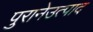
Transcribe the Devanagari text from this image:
पुरानेउत्पाद